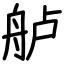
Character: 舻